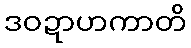
ဒဝဍာဟကာတိ